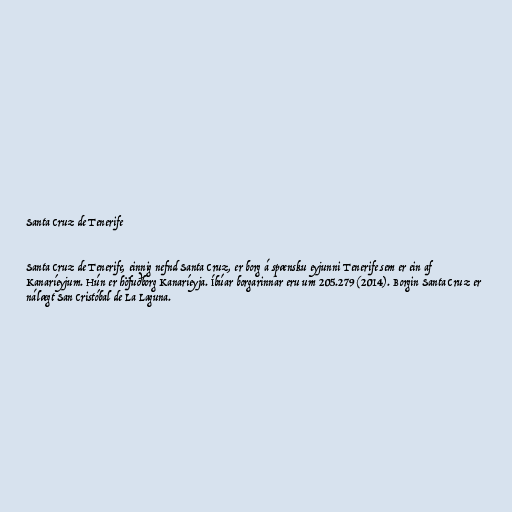
Santa Cruz de Tenerife

Santa Cruz de Tenerife, einnig nefnd Santa Cruz, er borg á spænsku eyjunni Tenerife sem er ein af
Kanaríeyjum. Hún er höfuðborg Kanaríeyja. Íbúar borgarinnar eru um 205.279 (2014). Borgin Santa Cruz er
nálægt San Cristóbal de La Laguna.